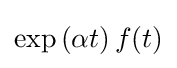
\exp \left(\alpha t\right)f(t)